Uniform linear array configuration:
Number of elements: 16
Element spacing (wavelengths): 0.75
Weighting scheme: cosine
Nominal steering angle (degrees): -45
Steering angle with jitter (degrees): -43.266
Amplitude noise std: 0.05
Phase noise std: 0.05

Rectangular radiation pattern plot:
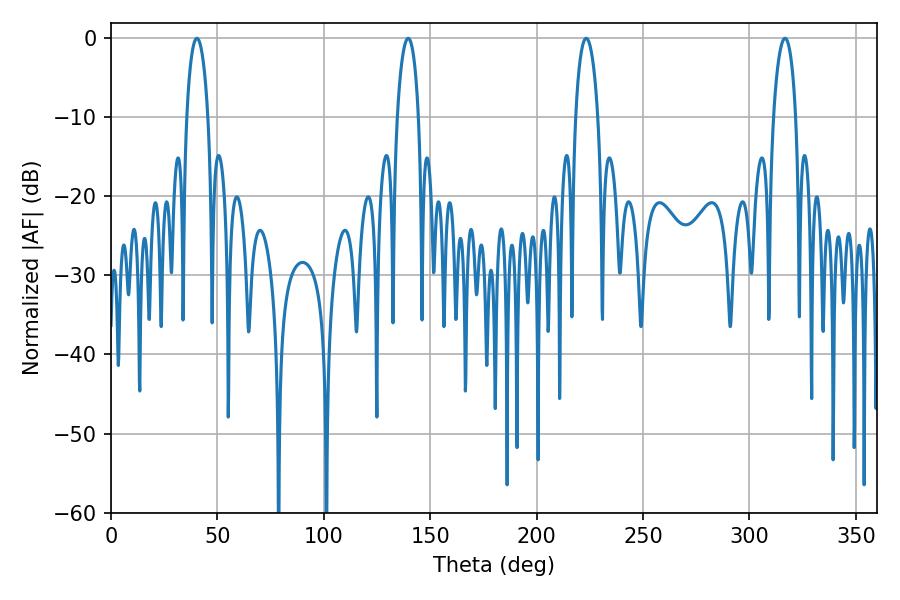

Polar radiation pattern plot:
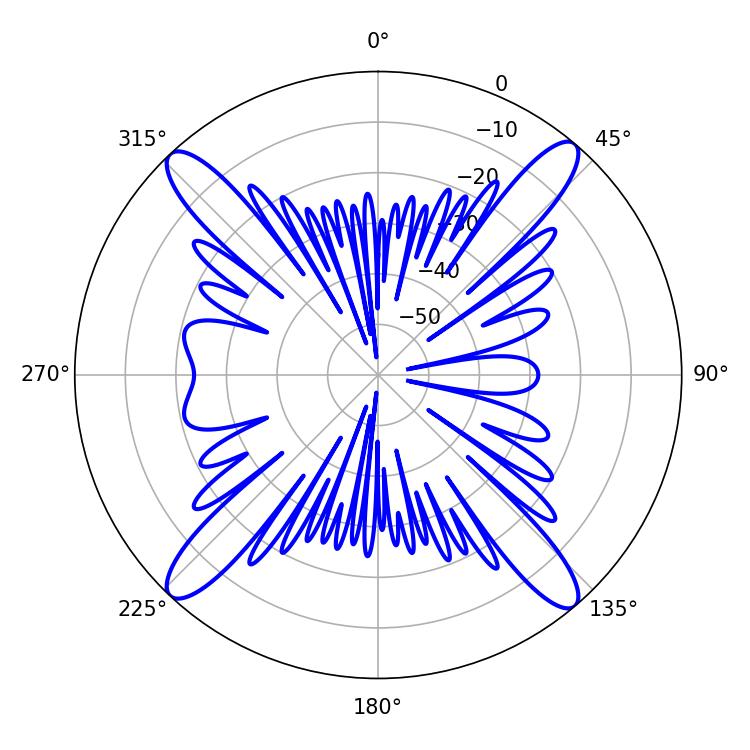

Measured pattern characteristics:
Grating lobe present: TRUE
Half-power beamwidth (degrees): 5.58
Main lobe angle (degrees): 40.32